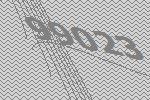
99023